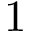
1